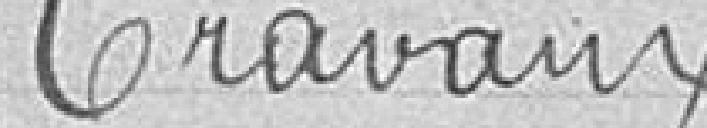
travaux